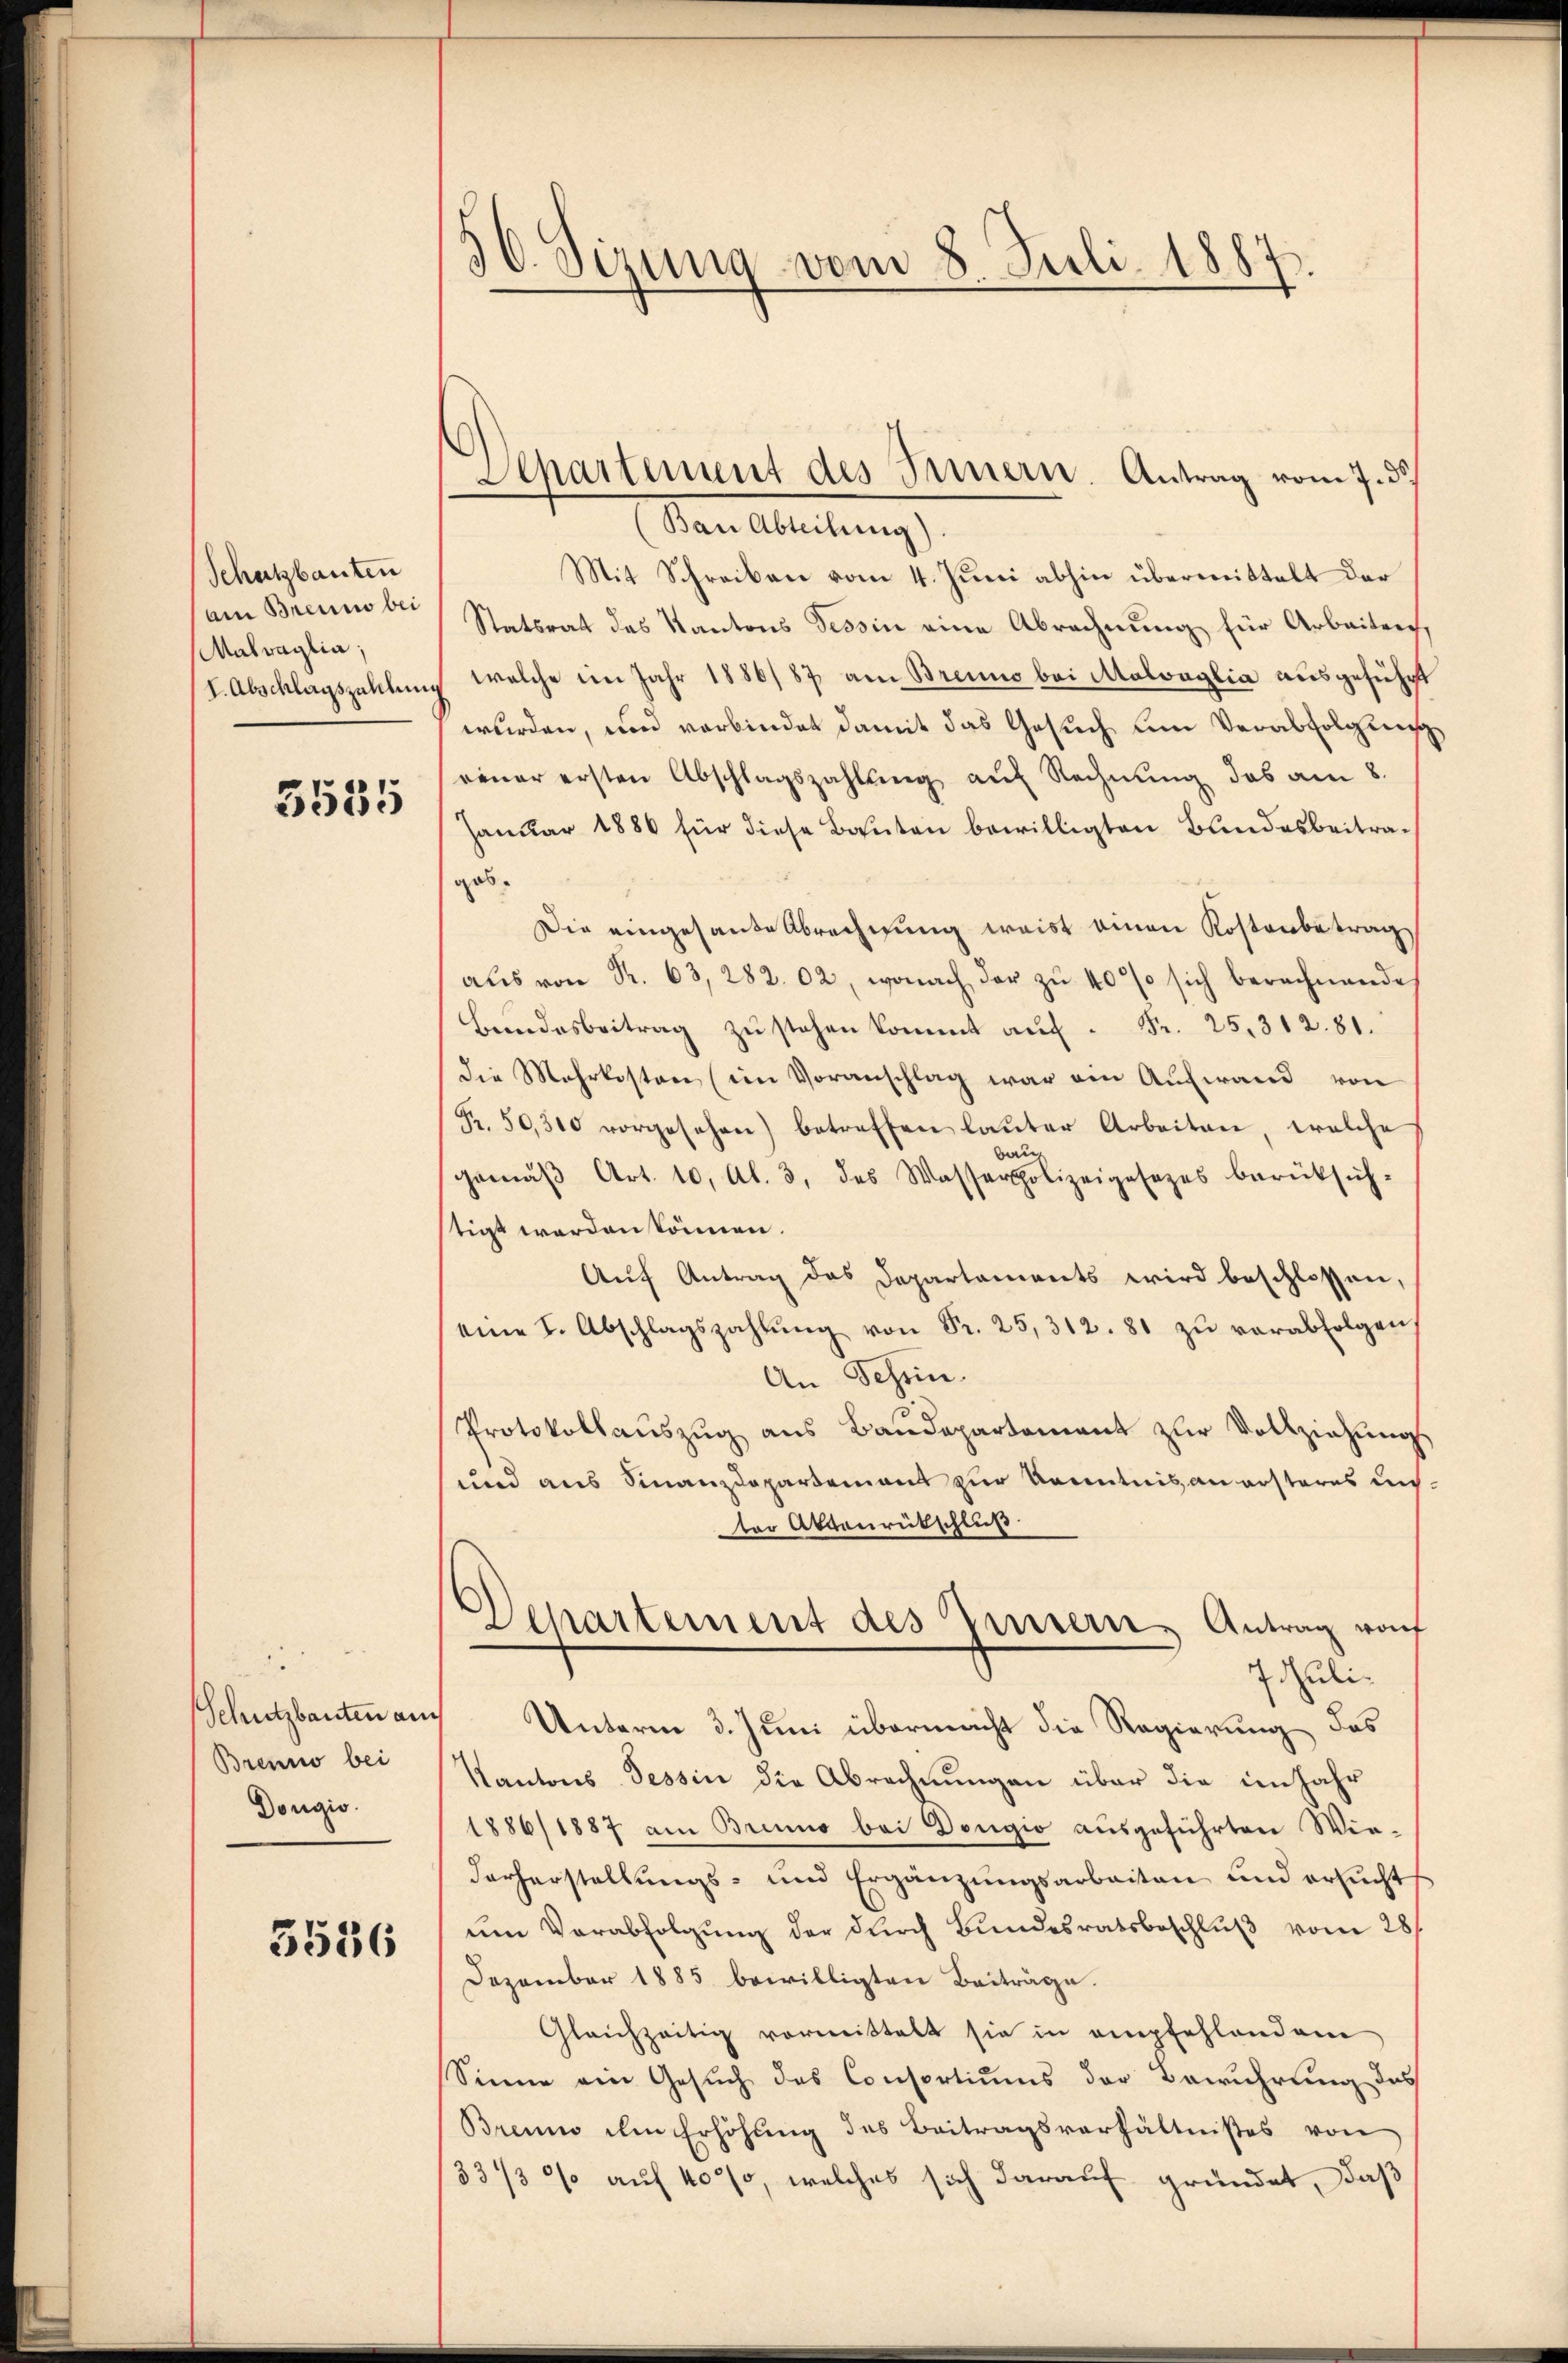
Schutzbauten
am Brenno bei
Malvaglia;
I. Abschlagszahlen,

3535

Schutzbauten an
Brenno bei
Dorgio.

3536

30. Sizung vom 8. Juli 1887

(Ban Abteilung)
Mit Schreiben vom 4. Juni abhin übermittelt der
Statsrat des Kantons Tessin eine Abrechnung für Arbeiten,
welche im Jahr 1886/87 am Brenno bei Malvaglia ausgeführt
wurden, und verbindet damit das Gesuch um Verabfolgung
riner ersten Abschlagszahlŭng auf Rechnung das am 8.
Januar 1886 für diese Bauten bewilligten Bundesbeitragob.
Die eingesande Abrechnung weist einen Kostenbetrag
aŭs von R. 63, 282. 02, wonach der zu 40% sich berechnende
Bundesbeitrag zŭ stehen kommt auf Fr. 25. 312. 81.
die Mehrkosten (im Voranschlag war ein Aufwand von
Fr. 50,300 vorgesehen) betreffen laŭter Arbeiten, welche
bau
gemäβ Art. 10, Al. 3, des Wasserpolizeigesezes berüksich-
tigt werden können
Aŭf Antrag des Departaments wird beschlossen,
eine I. Abschlagszahlŭng von Fr. 25, 312. 81 zŭ verabfolgen
An Schein.
Protokollauszug aus Baudepartement zur Vollziehungs
und aus Finanzdepartement zur Kenntnis an ersteres unter Altenrückschluß
Departement des Zinsern Antrag wof
Giuli
Unterm 3. Juni übermacht die Regierung das
Kantons Tessin die Abrechnungen über die im Jahr
1886/1887 am Brenno bei Dougio ausgeführten Wiedorherstellŭngs- und Ergänzŭngsarbeiten und ersŭcht
um Verabfolgung der durch Bundesratsbeschlŭβ vom 28/
Dezember 1885 bewilligten Beiträge.
Gleichzeitig vormittelt sie in empfehlendene
Sinne ein Gesuch des Consortiums der Bewuhrung des
Braun im Erhöhung des Beitragsverhältnißes von
33/30% auf 40 so, welches sich darauf gründet, daß

Departement des Innern. Antrag vom 7. d.